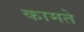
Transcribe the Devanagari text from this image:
कामते